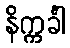
နိက္ကင်္ခါ